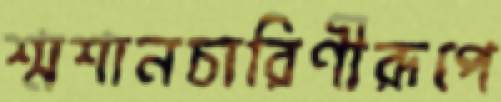
শ্মশানচারিণীরূপে